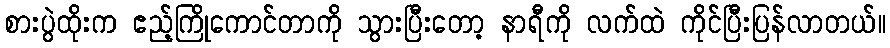
စားပွဲထိုးက ဧည့်ကြိုကောင်တာကို သွားပြီးတော့ နာရီကို လက်ထဲ ကိုင်ပြီးပြန်လာတယ်။